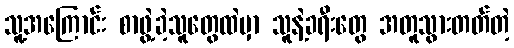
သူ့အကြောင်း စာဖွဲ့ခဲ့သူတွေထဲမှာ သူနဲ့ခရီးတွေ အတူသွားတတ်တဲ့